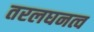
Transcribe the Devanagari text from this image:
तरलघनत्व